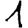
Digit: 1